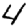
Digit: 4